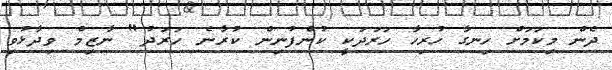
ދެން މިކަމަށް ހިނގާ ހުރިހާ ހަރަދަކީ ކުންފުނިން ކުރާނެ ހަރަދު" ނާޒިމް ވިދާޅުވި